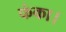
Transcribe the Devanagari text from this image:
फंका।